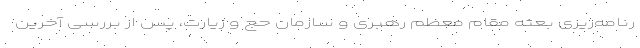
رنامه‌ریزی بعثه مقام معظم رهبری و سازمان حج و زیارت، پس از بررسی آخرین